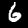
Digit: 6